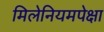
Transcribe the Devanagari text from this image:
मिलेनियमपेक्षा